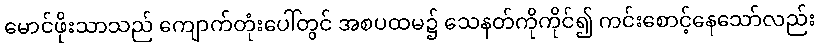
မောင်ဖိုးသာသည် ကျောက်တုံးပေါ်တွင် အစပထမ၌ သေနတ်ကိုကိုင်၍ ကင်းစောင့်နေသော်လည်း